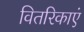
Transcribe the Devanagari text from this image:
वितरिकाएं